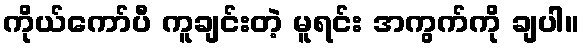
ကိုယ်ကော်ပီ ကူချင်းတဲ့ မူရင်း အကွက်ကို ချပါ။